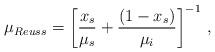
LaTeX: \begin{align*} \mu_{Reuss}= \bigg[\frac{x_{s}}{\mu_{s}} + \frac{(1-x_{s})}{\mu_{i}}\bigg]^{-1}\ ,\end{align*}